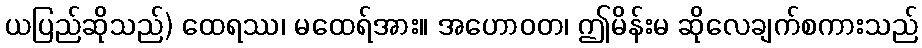
ယပြည်ဆိုသည်) ထေရဿ၊ မထေရ်အား။ အဟောဝတ၊ ဤမိန်းမ ဆိုလေချက်စကားသည်